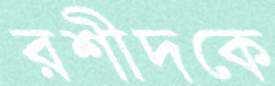
রশীদকে